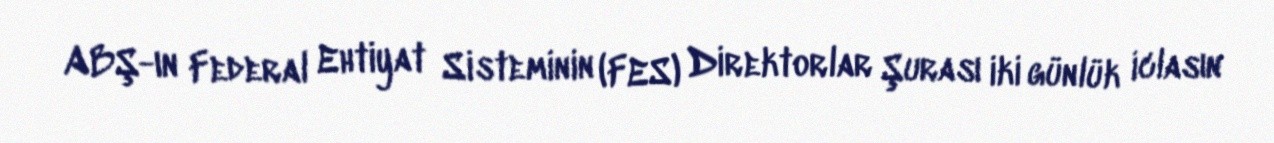
ABŞ-ın Federal Ehtiyat Sisteminin (FES) Direktorlar Şurası iki günlük iclasın